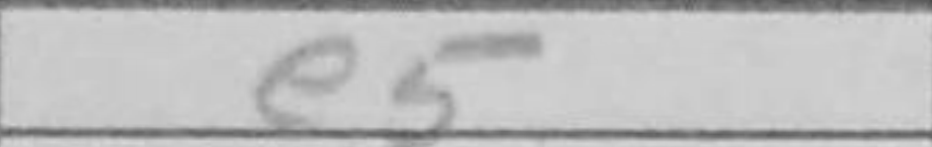
Transcription: e5